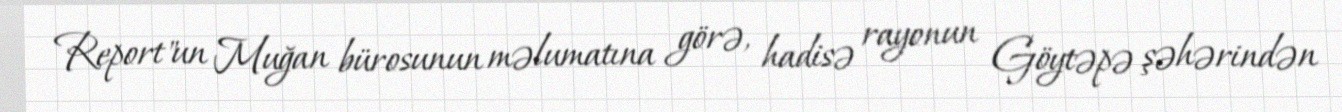
Report"un Muğan bürosunun məlumatına görə, hadisə rayonun Göytəpə şəhərindən